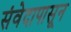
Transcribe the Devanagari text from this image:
संवेदापासून